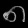
Digit: ၈